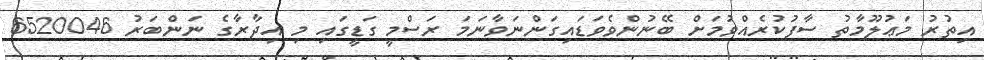
އިތުރު މަޢުލޫމާތު ސާފުކުރެއްވުމަށް ބޭނުންވެވަޑައިގަންނަވާނަމަ ރަސްމީ ގަޑީގައި މި އިދާރާގެ ނަންބަރު 6520046